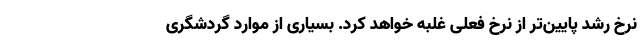
نرخ رشد پایین‌تر از نرخ فعلی غلبه خواهد کرد. بسیاری از موارد گردشگری